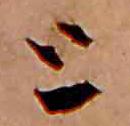
と